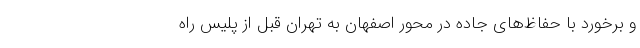
و برخورد با حفاظ‌های جاده در محور اصفهان به تهران قبل از پلیس راه